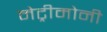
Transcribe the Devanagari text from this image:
मेट्रीमोनी